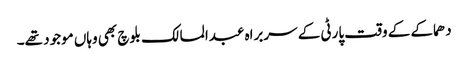
دھماکے کے وقت پارٹی کے سربراہ عبدالمالک بلوچ بھی وہاں موجود تھے۔